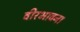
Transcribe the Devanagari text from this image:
वीरभावना